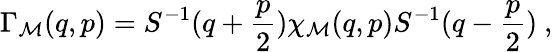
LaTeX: \Gamma_{\cal M}(q,p)=S^{-1}(q+\frac{p}{2})\chi_{\cal M}(q,p)S^{-1}(q-\frac{p}{2})~,